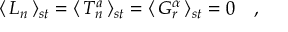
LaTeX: \langle \, L _ { n } \, \rangle _ { s t } = \langle \, T _ { n } ^ { a } \, \rangle _ { s t } = \langle \, G _ { r } ^ { \alpha } \, \rangle _ { s t } = 0 \quad ,